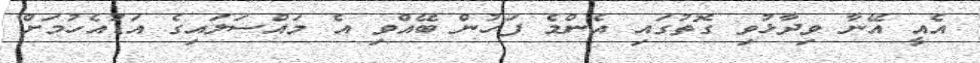
އެއީ އޭނާ ވިދާޅުވި ގޮތުގައި އެންމެ ފަހުން ބޭއްވި އެ މައްސަލައިގެ އަޑުއެހުމަށް